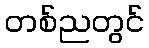
တစ်ညတွင်